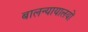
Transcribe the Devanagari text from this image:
बालन्यायालयों